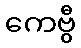
ကေဗွီ